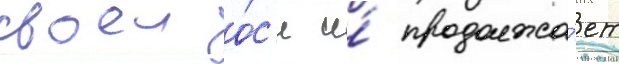
своеи о́с'и и́ продолжа́ет